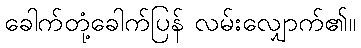
ခေါက်တုံ့ခေါက်ပြန် လမ်းလျှောက်၏။